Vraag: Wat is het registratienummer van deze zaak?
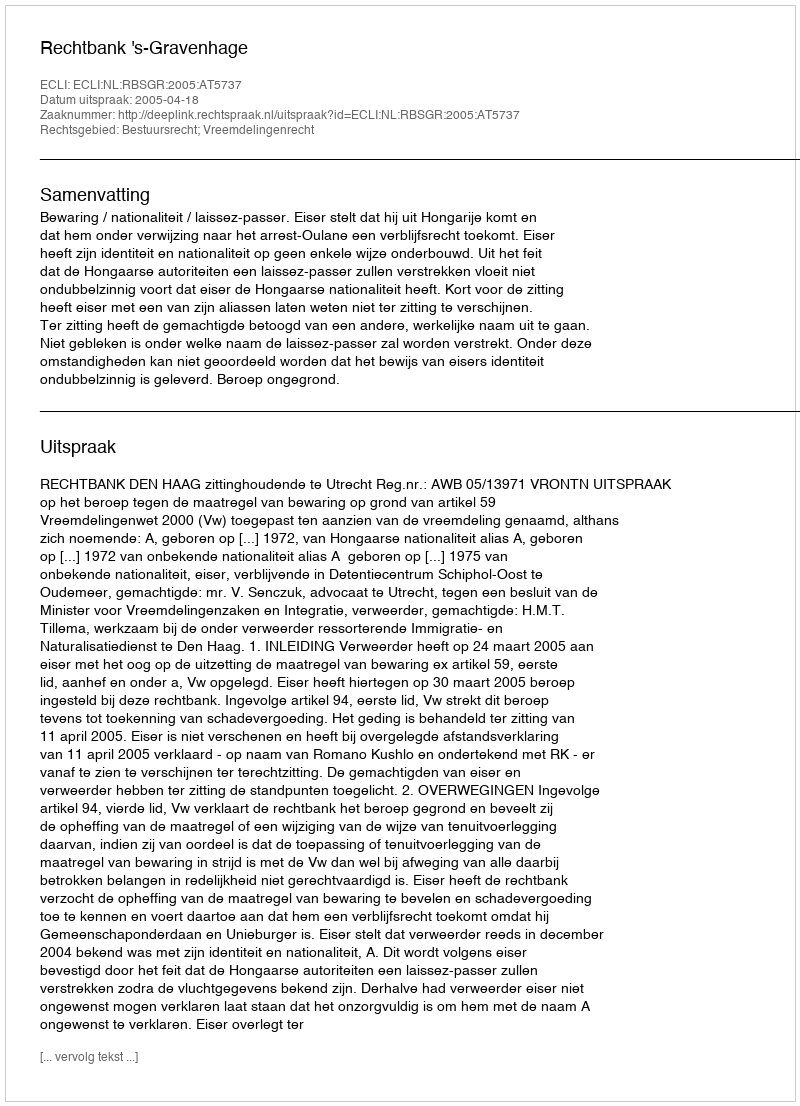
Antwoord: http://deeplink.rechtspraak.nl/uitspraak?id=ECLI:NL:RBSGR:2005:AT5737